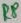
Text: R8